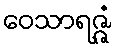
ဝေသာရဇ္ဇံ